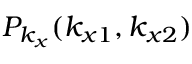
P _ { k _ { x } } ( k _ { x 1 } , k _ { x 2 } )